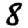
Digit: 8